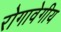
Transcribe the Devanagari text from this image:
रोगावेगीय